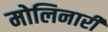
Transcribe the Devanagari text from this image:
मोलिनारी